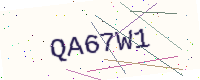
Text: QA67W1